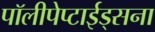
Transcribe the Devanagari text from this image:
पॉलीपेप्टाईड्सना